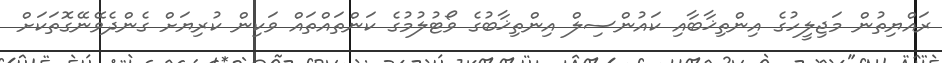
ރައްޔިތުން މަޖިލީހުގެ އިންތިޚާބާއި ކައުންސިލް އިންތިޚާބުގެ ވޯޓުލުމުގެ ކަންތައްތައް ވަކިން ކުރިޔަށް ގެންދެވޭނޭގޮތަކަށް